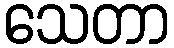
သေတာ